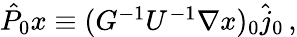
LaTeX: \begin{array}{r}{\hat{P}_{0}x\equiv(G^{-1}U^{-1}\nabla x)_{0}\hat{j}_{0}\, ,}\end{array}